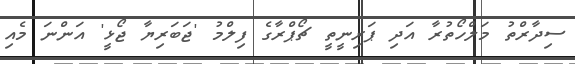
ސިދާރްތު މަލްހޯތުރާ އަދި ޕަރިނީތީ ޗޯޕްރާގެ ފިލްމު 'ޖަބަރިޔާ ޖޯޅީ' އަންނަ މެއި